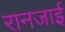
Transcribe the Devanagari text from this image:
रानजाई